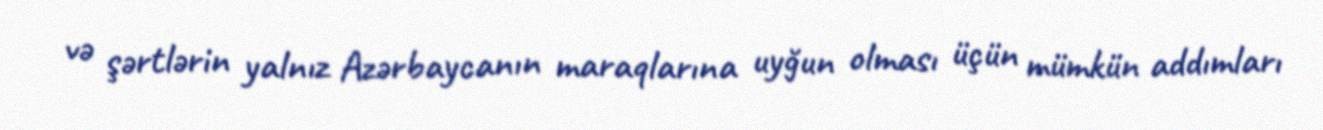
və şərtlərin yalnız Azərbaycanın maraqlarına uyğun olması üçün mümkün addımları